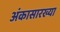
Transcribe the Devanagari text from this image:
अंकासारख्या